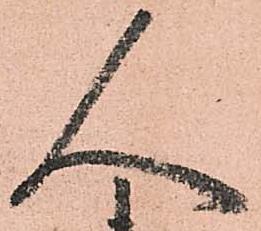
人